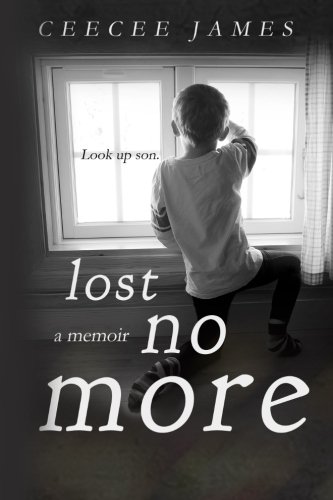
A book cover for Lost No More (Ghost No More Series) (Volume 2); CeeCee James; Parenting & Relationships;